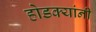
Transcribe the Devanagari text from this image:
होडक्यांनी